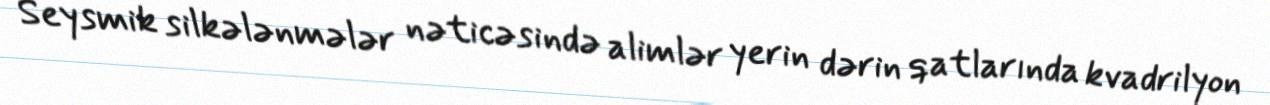
Seysmik silkələnmələr nəticəsində alimlər yerin dərin qatlarında kvadrilyon